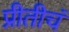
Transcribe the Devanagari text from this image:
प्रीतीचं